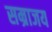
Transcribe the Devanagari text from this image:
सम्राजय